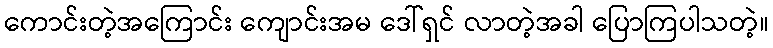
ကောင်းတဲ့အကြောင်း ကျောင်းအမ ဒေါ်ရှင် လာတဲ့အခါ ပြောကြပါသတဲ့။